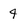
Character: 4